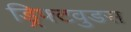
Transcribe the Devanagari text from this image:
ड्रिफ्टवुडस